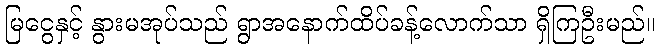
မြငွေနှင့် နွားမအုပ်သည် ရွာအနောက်ထိပ်ခန့်လောက်သာ ရှိကြဦးမည်။